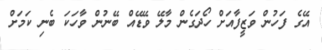
އޭގެ ފަހުން ވަޒީފާއަށް ހޯދަގެން މާލޭ ވޭޑޭއް ބޭނުން ވާހަކަ ބެނި ކަމަށް